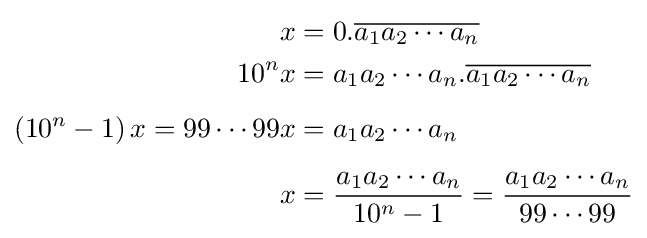
{\begin{aligned}x&=0.{\overline {a_{1}a_{2}\cdots a_{n}}}\\10^{n}x&=a_{1}a_{2}\cdots a_{n}.{\overline {a_{1}a_{2}\cdots a_{n}}}\\[5pt]\left(10^{n}-1\right)x=99\cdots 99x&=a_{1}a_{2}\cdots a_{n}\\[5pt]x&={\frac {a_{1}a_{2}\cdots a_{n}}{10^{n}-1}}={\frac {a_{1}a_{2}\cdots a_{n}}{99\cdots 99}}\end{aligned}}